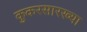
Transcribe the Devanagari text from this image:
कुकरसारख्या